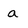
Character: a